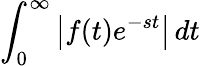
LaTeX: \int_{0}^{\infty}\left|f(t)e^{-st}\right|\, dt